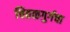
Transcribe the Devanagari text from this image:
चितळगुर्गचा